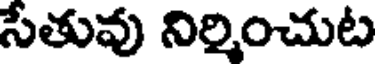
సేతువు నిర్మించుట